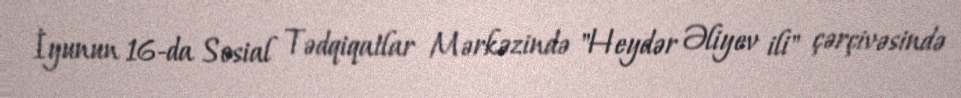
İyunun 16-da Sosial Tədqiqatlar Mərkəzində "Heydər Əliyev ili" çərçivəsində